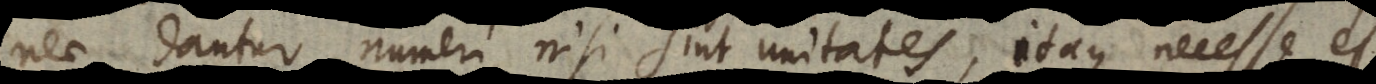
nec dantur numeri, nisi sint unitates, itaque necesse e